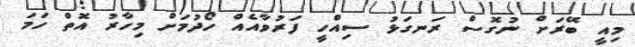
މިއީ ބޭރަށް ނުގޮސް ރަނގަޅު ސިއްހީ ފަރުވާއެއް ހޯދުމަށް މިހާރު އޮތް ހަމަ